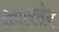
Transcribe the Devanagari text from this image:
गेमाक्सेन